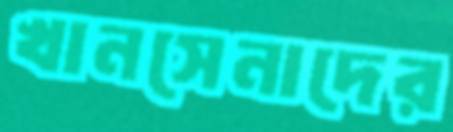
খানসেনাদের